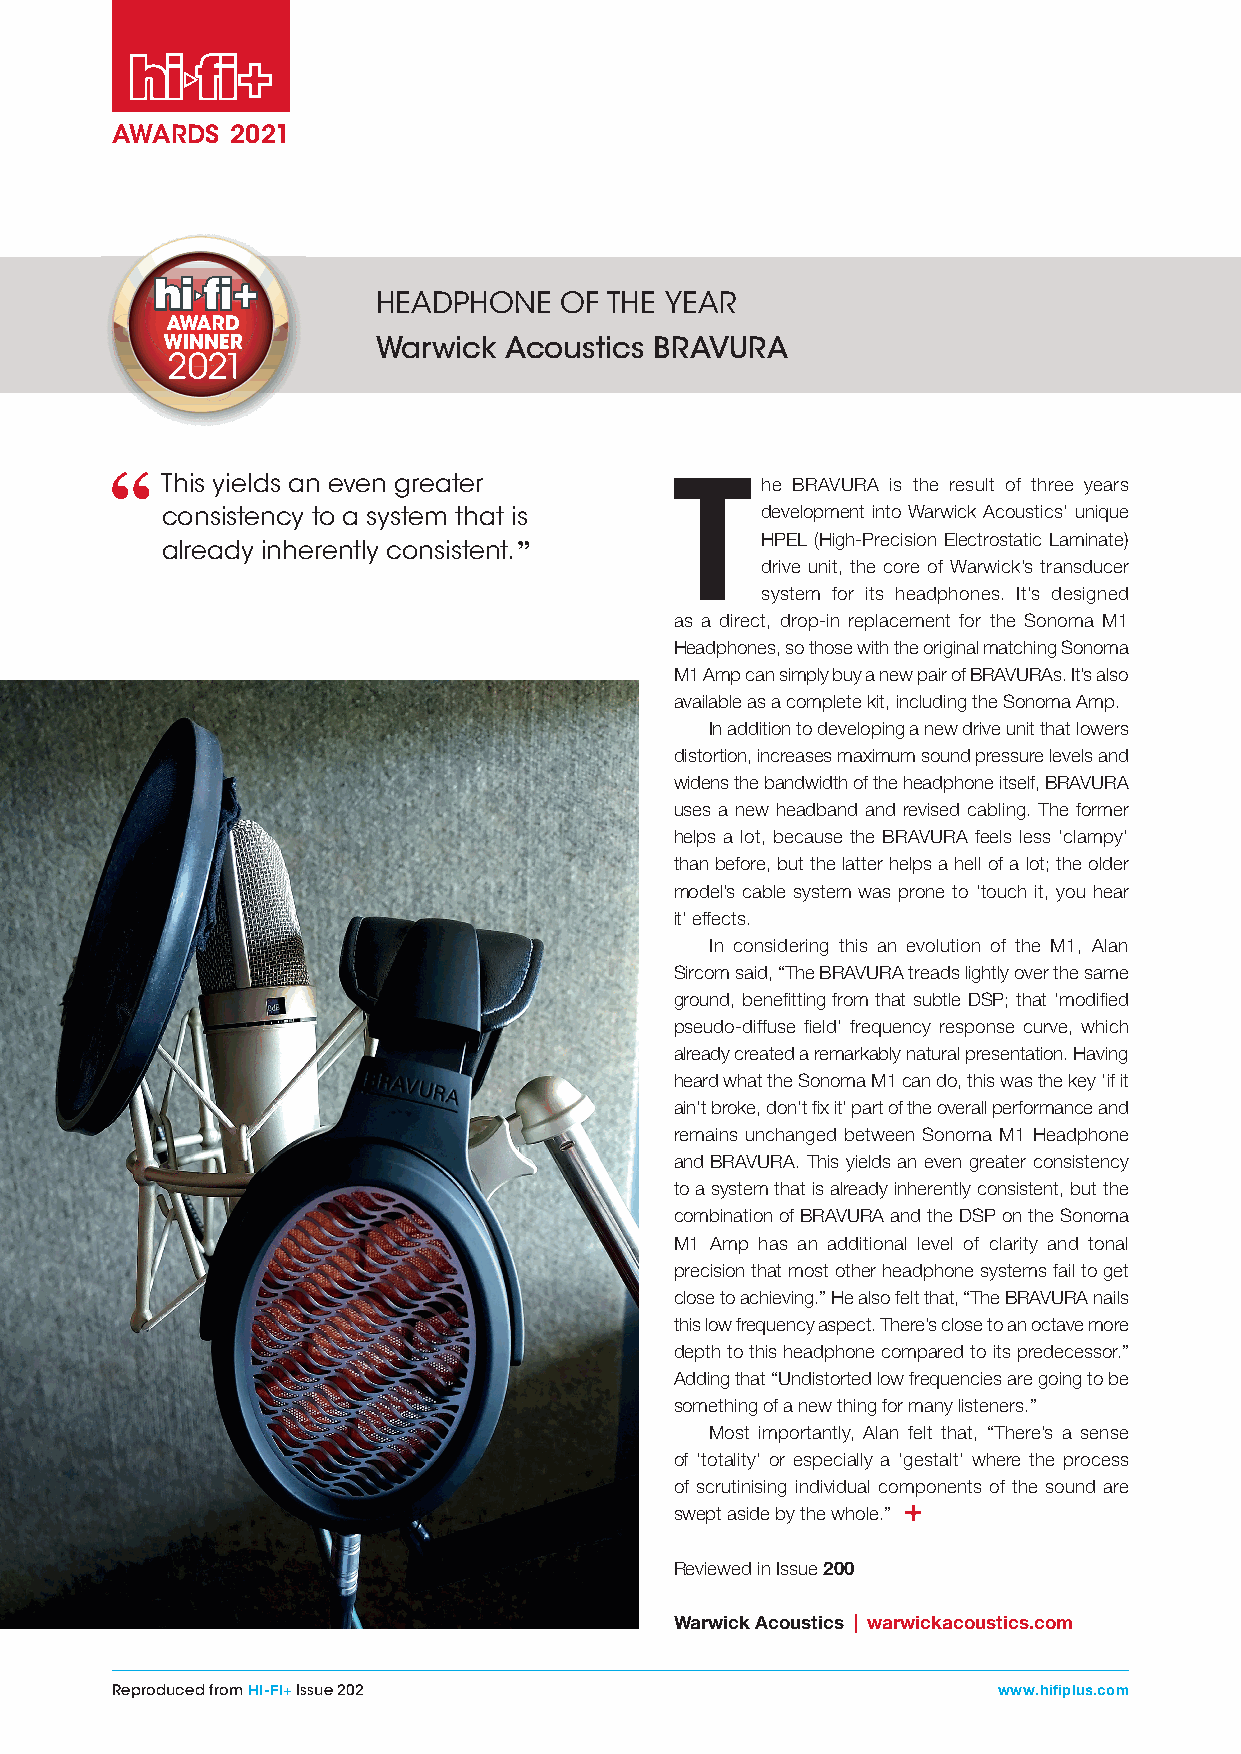
AWARDS  2021
 HEADPHONE   OF THE YEAR
 Warwick Acoustics BRAVURA
 This yields an even greater      T     he BRAVURA is the result of three years
 consistency to a system that is        development into Warwick Acoustics’ unique
 HPEL (High-Precision Electrostatic Laminate)
 already inherently consistent. ”
 drive unit, the core of Warwick’s transducer
 system for its headphones. It’s designed
 as a direct, drop-in replacement for the Sonoma M1
 Headphones, so those with the original matching Sonoma
 M1 Amp can simply buy a new pair of BRAVURAs. It’s also
 available as a complete kit, including the Sonoma Amp.
 In addition to developing a new drive unit that lowers
 distortion, increases maximum sound pressure levels and
 widens the bandwidth of the headphone itself, BRAVURA
 uses a new headband and revised cabling. The former
 helps a lot, because the BRAVURA feels less ‘clampy’
 than before, but the latter helps a hell of a lot; the older
 model’s cable system was prone to ‘touch it, you hear
 it’ effects.
 In considering this an evolution of the M1, Alan
 Sircom said, “The BRAVURA treads lightly over the same
 ground, benefi tting from that subtle DSP; that ‘modifi ed
 pseudo-diffuse fi eld’ frequency response curve, which
 already created a remarkably natural presentation. Having
 heard what the Sonoma M1 can do, this was the key ‘if it
 ain’t broke, don’t fi x it’ part of the overall performance and
 remains unchanged between Sonoma M1 Headphone
 and BRAVURA. This yields an even greater consistency
 to a system that is already inherently consistent, but the
 combination of BRAVURA and the DSP on the Sonoma
 M1 Amp has an additional level of clarity and tonal
 precision that most other headphone systems fail to get
 close to achieving.” He also felt that, “The BRAVURA nails
 this low frequency aspect. There’s close to an octave more
 depth to this headphone compared to its predecessor.”
 Adding that “Undistorted low frequencies are going to be
 something of a new thing for many listeners.”
 Most importantly, Alan felt that, “There’s a sense
 of ‘totality’ or especially a ‘gestalt’ where the process
 of scrutinising individual components of the sound are
 swept aside by the whole.”
 Reviewed in Issue 200
 Warwick Acoustics | warwickacoustics.com
 Reproduced from HI-FI+ Issue 202                           www.hifiplus.com